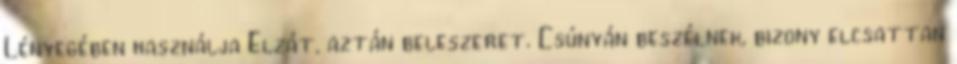
Lényegében használja Elzát, aztán beleszeret. Csúnyán beszélnek, bizony elcsattan